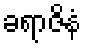
ခရာဇိနံ